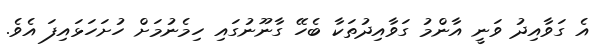
އެ ގަވާއިދު ވަނީ އާންމު ގަވާއިދުތަކާ ބެހޭ ގާނޫނުގައި ހިމެނުމަށް ހުށަހަޅައިފަ އެވެ.